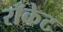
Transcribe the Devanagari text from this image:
राँकेट